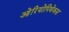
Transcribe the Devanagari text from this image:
ओरियोपिथेकस